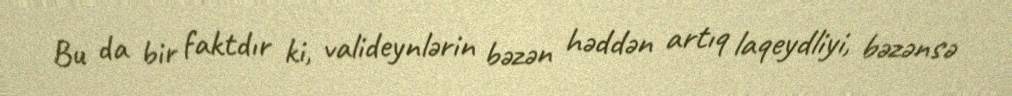
Bu da bir faktdır ki, valideynlərin bəzən həddən artıq laqeydliyi, bəzənsə